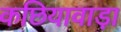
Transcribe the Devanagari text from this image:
कछियावाड़ा